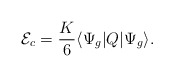
\begin{align*}{\mathcal E}_c=\frac K6\langle\Psi_g|Q|\Psi_g\rangle .\end{align*}